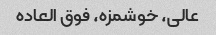
عالی، خوشمزه، فوق العاده